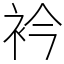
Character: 衿